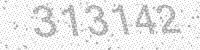
Solution: 313142